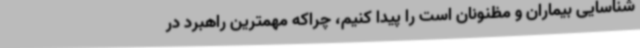
شناسایی بیماران و مظنونان است را پیدا کنیم، چراکه مهمترین راهبرد در